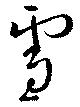
雪